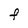
Character: f